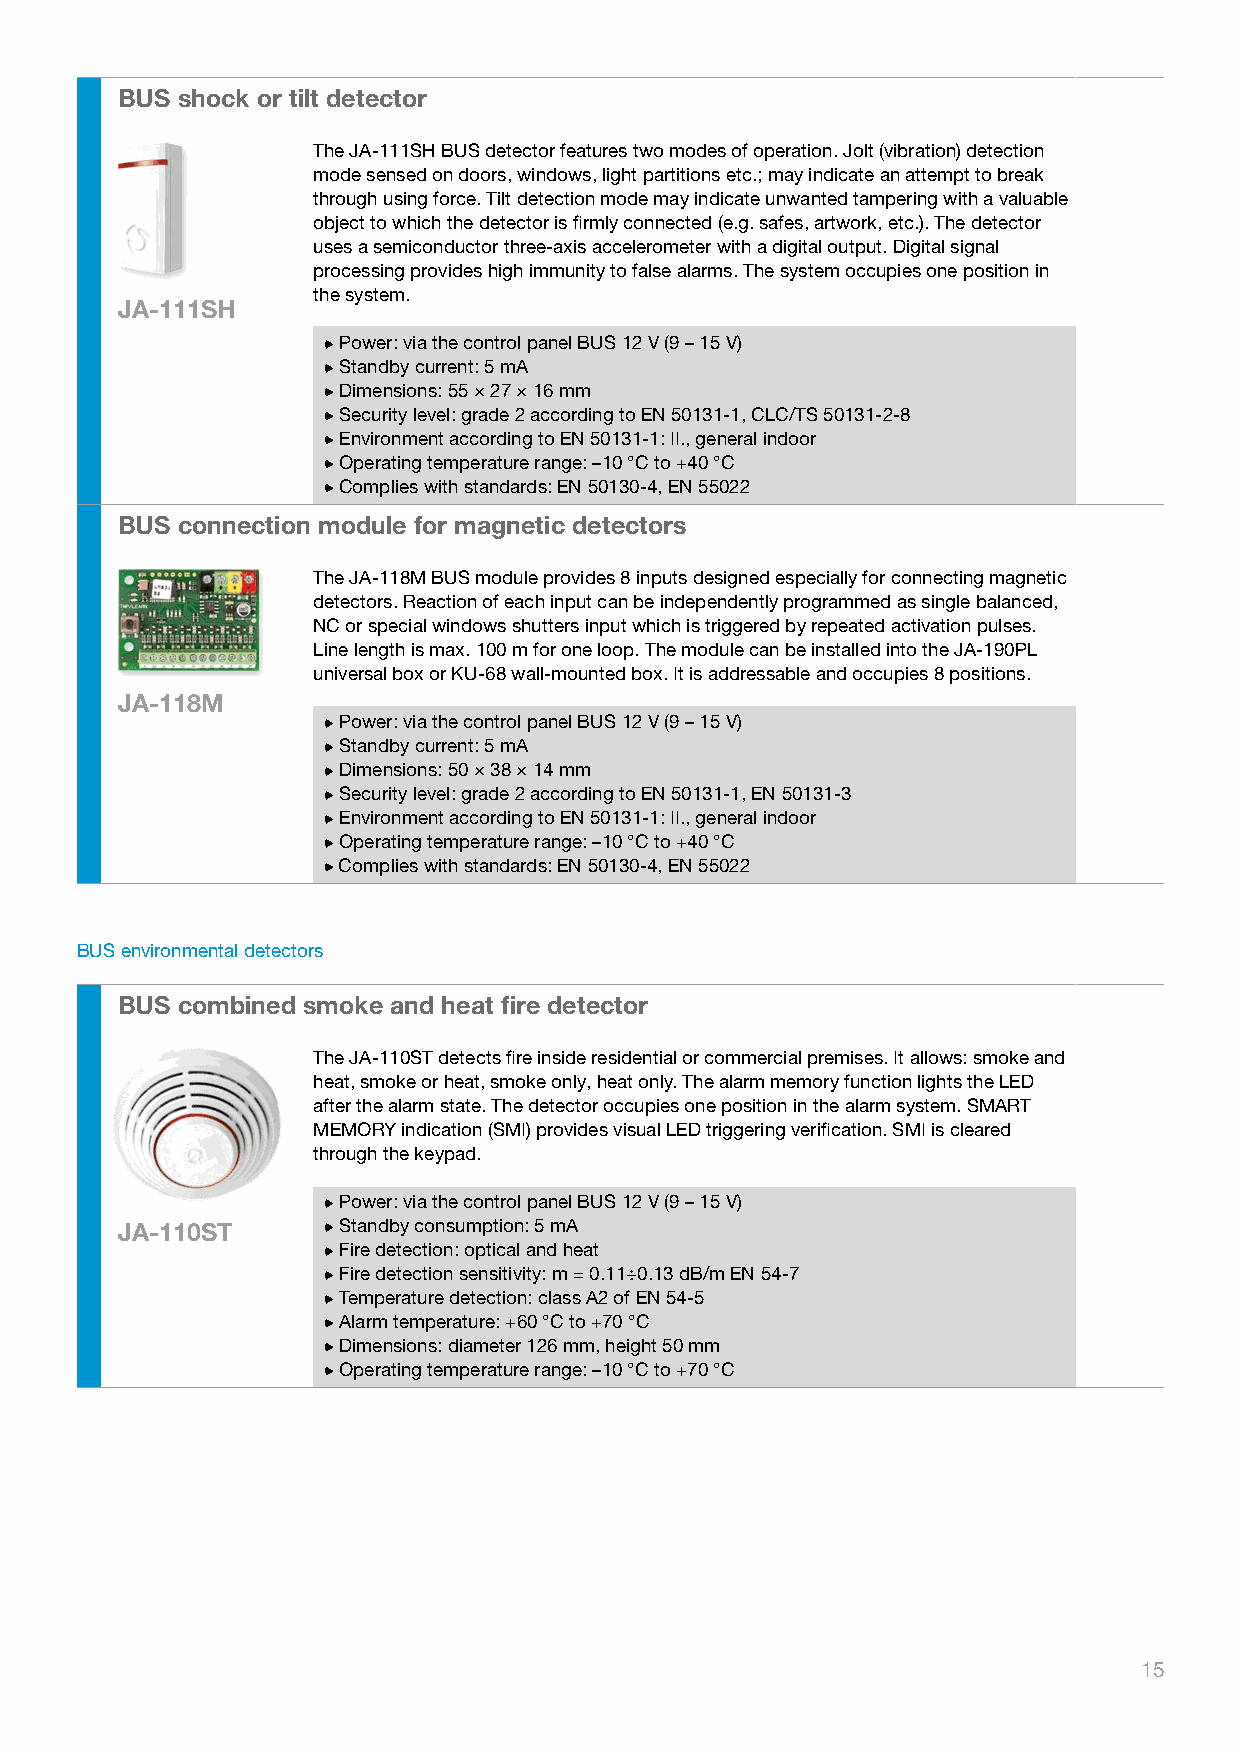
BUS shock or tilt detector
 The JA-111SH BUS detector features two modes of operation. Jolt (vibration) detection
 mode sensed on doors, windows, light partitions etc.; may indicate an attempt to break
 through using force. Tilt detection mode may indicate unwanted tampering with a valuable
 object to which the detector is firmly connected (e.g. safes, artwork, etc.). The detector
 uses a semiconductor three-axis accelerometer with a digital output. Digital signal
 processing provides high immunity to false alarms. The system occupies one position in
 the system.
 JA-111SH
 Power: via the control panel BUS 12 V (9 – 15 V)
 Standby current: 5 mA
 Dimensions: 55 × 27 × 16 mm
 Security level: grade 2 according to EN 50131-1, CLC/TS 50131-2-8
 Environment according to EN 50131-1: II., general indoor
 Operating temperature range: –10 °C to +40 °C
 Complies with standards: EN 50130-4, EN 55022
 BUS connection module for magnetic detectors
 The JA-118M BUS module provides 8 inputs designed especially for connecting magnetic
 detectors. Reaction of each input can be independently programmed as single balanced,
 NC or special windows shutters input which is triggered by repeated activation pulses.
 Line length is max. 100 m for one loop. The module can be installed into the JA-190PL
 universal box or KU-68 wall-mounted box. It is addressable and occupies 8 positions.
 JA-118M
 Power: via the control panel BUS 12 V (9 – 15 V)
 Standby current: 5 mA
 Dimensions: 50 × 38 × 14 mm
 Security level: grade 2 according to EN 50131-1, EN 50131-3
 Environment according to EN 50131-1: II., general indoor
 Operating temperature range: –10 °C to +40 °C
 Complies with standards: EN 50130-4, EN 55022
 BUS environmental detectors
 BUS combined smoke and heat fire detector
 The JA-110ST detects fire inside residential or commercial premises. It allows: smoke and
 heat, smoke or heat, smoke only, heat only. The alarm memory function lights the LED
 after the alarm state. The detector occupies one position in the alarm system. SMART
 MEMORY indication (SMI) provides visual LED triggering verification. SMI is cleared
 through the keypad.
 Power: via the control panel BUS 12 V (9 – 15 V)
 JA-110ST      Standby consumption: 5 mA
 Fire detection: optical and heat
 Fire detection sensitivity: m = 0.11÷0.13 dB/m EN 54-7
 Temperature detection: class A2 of EN 54-5
 Alarm temperature: +60 °C to +70 °C
 Dimensions: diameter 126 mm, height 50 mm
 Operating temperature range: –10 °C to +70 °C
 15